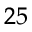
_ { 2 5 }